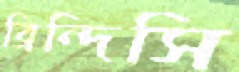
ব্রিন্দিসি